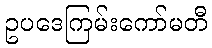
ဥပဒေကြမ်းကော်မတီ